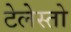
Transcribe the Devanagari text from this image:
टेलेस्तो